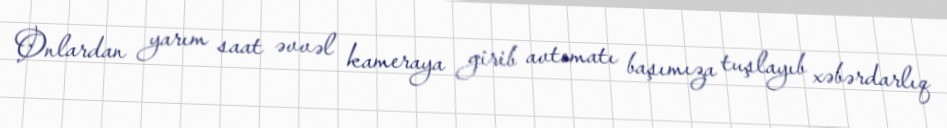
Onlardan yarım saat əvvəl kameraya girib avtomatı başımıza tuşlayıb xəbərdarlıq